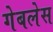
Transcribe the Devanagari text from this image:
गेबलेस